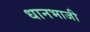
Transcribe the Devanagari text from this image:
धानभाजी